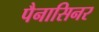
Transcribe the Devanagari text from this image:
पैनासिनर